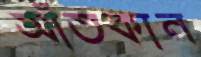
আঁতকান